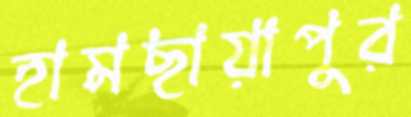
হামছায়াপুর